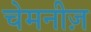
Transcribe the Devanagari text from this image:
चेमनीज़